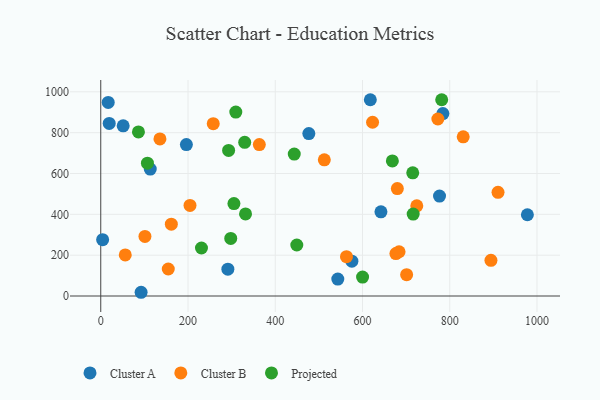
{"axis": {"x": "Speed", "y": "Demand"}, "legend": ["Cluster A", "Cluster B", "Projected"], "data": [{"x": "19.4", "y": 845.2, "type": "Cluster A"}, {"x": "196.3", "y": 741.9, "type": "Cluster A"}, {"x": "618.0", "y": 961.2, "type": "Cluster A"}, {"x": "291.4", "y": 131.5, "type": "Cluster A"}, {"x": "4.3", "y": 276.0, "type": "Cluster A"}, {"x": "543.4", "y": 82.8, "type": "Cluster A"}, {"x": "978.0", "y": 398.0, "type": "Cluster A"}, {"x": "477.0", "y": 795.7, "type": "Cluster A"}, {"x": "642.3", "y": 412.2, "type": "Cluster A"}, {"x": "575.7", "y": 170.4, "type": "Cluster A"}, {"x": "776.6", "y": 489.3, "type": "Cluster A"}, {"x": "51.4", "y": 833.7, "type": "Cluster A"}, {"x": "17.1", "y": 948.2, "type": "Cluster A"}, {"x": "92.5", "y": 18.3, "type": "Cluster A"}, {"x": "113.5", "y": 621.8, "type": "Cluster A"}, {"x": "784.3", "y": 893.8, "type": "Cluster A"}, {"x": "701.2", "y": 104.5, "type": "Cluster B"}, {"x": "257.9", "y": 843.9, "type": "Cluster B"}, {"x": "154.8", "y": 132.2, "type": "Cluster B"}, {"x": "623.1", "y": 851.0, "type": "Cluster B"}, {"x": "101.3", "y": 291.9, "type": "Cluster B"}, {"x": "363.5", "y": 741.7, "type": "Cluster B"}, {"x": "512.5", "y": 666.9, "type": "Cluster B"}, {"x": "563.3", "y": 192.6, "type": "Cluster B"}, {"x": "161.8", "y": 351.9, "type": "Cluster B"}, {"x": "724.5", "y": 441.6, "type": "Cluster B"}, {"x": "830.9", "y": 779.7, "type": "Cluster B"}, {"x": "679.9", "y": 526.3, "type": "Cluster B"}, {"x": "676.6", "y": 208.0, "type": "Cluster B"}, {"x": "204.6", "y": 443.5, "type": "Cluster B"}, {"x": "910.7", "y": 507.8, "type": "Cluster B"}, {"x": "894.5", "y": 174.8, "type": "Cluster B"}, {"x": "683.9", "y": 216.9, "type": "Cluster B"}, {"x": "772.8", "y": 866.9, "type": "Cluster B"}, {"x": "135.7", "y": 769.6, "type": "Cluster B"}, {"x": "56.2", "y": 201.1, "type": "Cluster B"}, {"x": "781.6", "y": 961.4, "type": "Projected"}, {"x": "298.0", "y": 281.9, "type": "Projected"}, {"x": "330.0", "y": 752.8, "type": "Projected"}, {"x": "449.4", "y": 249.8, "type": "Projected"}, {"x": "715.2", "y": 603.6, "type": "Projected"}, {"x": "443.6", "y": 695.0, "type": "Projected"}, {"x": "230.9", "y": 235.1, "type": "Projected"}, {"x": "600.2", "y": 92.8, "type": "Projected"}, {"x": "309.6", "y": 900.9, "type": "Projected"}, {"x": "716.2", "y": 401.4, "type": "Projected"}, {"x": "107.0", "y": 650.4, "type": "Projected"}, {"x": "305.3", "y": 452.6, "type": "Projected"}, {"x": "331.9", "y": 402.2, "type": "Projected"}, {"x": "668.5", "y": 661.5, "type": "Projected"}, {"x": "86.4", "y": 803.5, "type": "Projected"}, {"x": "293.1", "y": 713.1, "type": "Projected"}]}